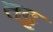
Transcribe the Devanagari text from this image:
तट्ट